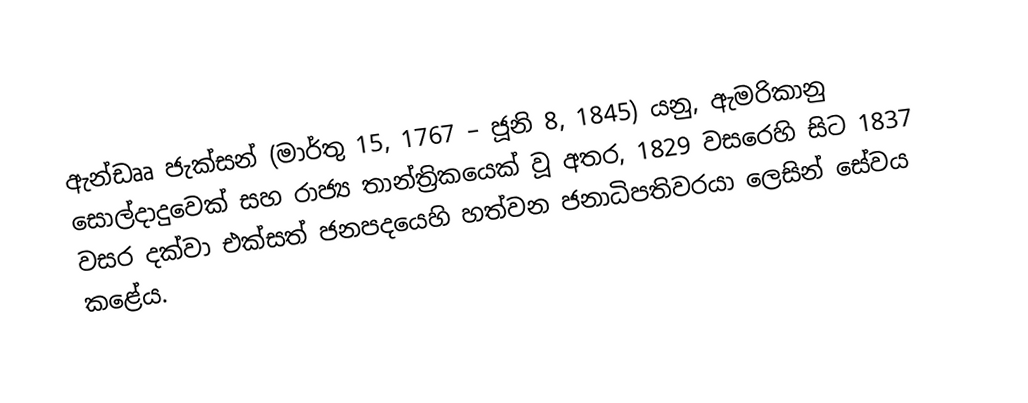
ඇන්ඩෲ ජැක්සන් (මාර්තු 15, 1767 – ජූනි 8, 1845) යනු, ඇමරිකානු සොල්දාදුවෙක් සහ රාජ්‍ය තාන්ත්‍රිකයෙක් වූ අතර, 1829 වසරෙහි සිට 1837 වසර දක්වා එක්සත් ජනපදයෙහි හත්වන ජනාධිපතිවරයා ලෙසින් සේවය කළේය.